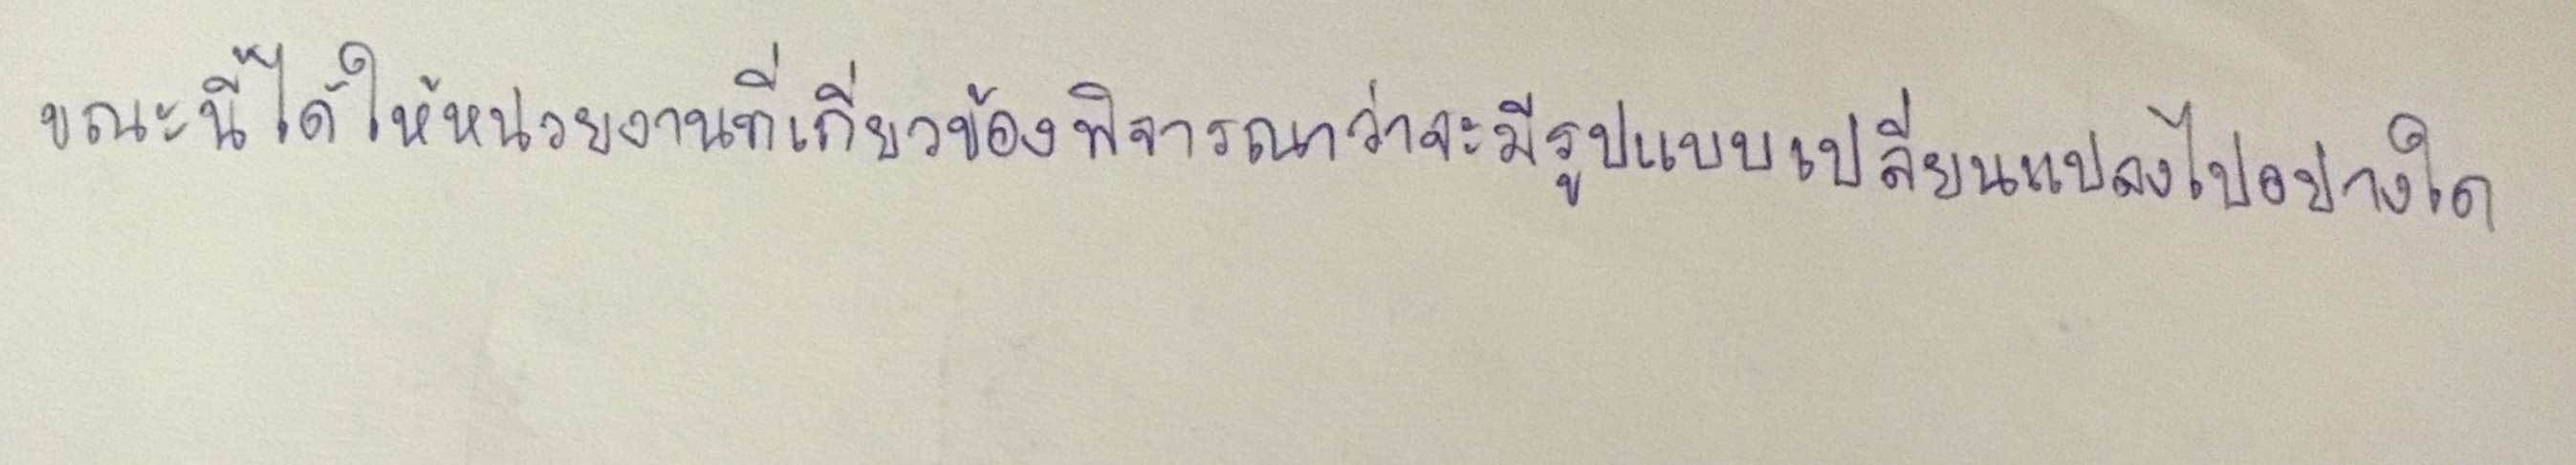
ขณะนี้ได้ให้หน่วยงานที่เกี่ยวข้องพิจารณาว่าจะมีรูปแบบเปลี่ยนแปลงไปอย่างใด